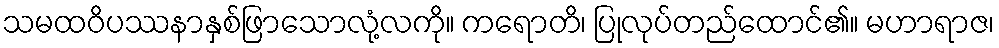
သမထဝိပဿနာနှစ်ဖြာသောလုံ့လကို။ ကရောတိ၊ ပြုလုပ်တည်ထောင်၏။ မဟာရာဇ၊